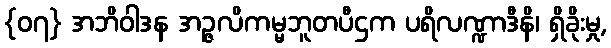
{၀၇} အဘိဝါဒန အဉ္ဇလိကမ္မဘူတပီဌက ပရိလဏ္ဍာဒီနိ၊ ရှိခိုးမှု,